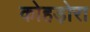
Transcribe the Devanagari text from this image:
कोहड़ोरा